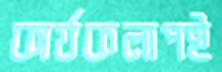
কার্যকলাপই